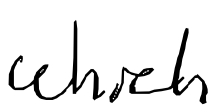
Text: which
Cross-out: clean
Writing tool: digital_black